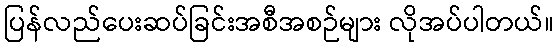
ပြန်လည်ပေးဆပ်ခြင်းအစီအစဉ်များ လိုအပ်ပါတယ်။